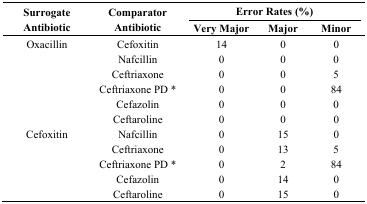
<table><thead><tr><td rowspan="2"><b>Surrogate Antibiotic</b></td><td rowspan="2"><b>Comparator Antibiotic</b></td><td colspan="3"><b>Error Rates (%)</b></td></tr><tr><td><b>Very Major</b></td><td><b>Major</b></td><td><b>Minor</b></td></tr></thead><tbody><tr><td>Oxacillin</td><td>Cefoxitin</td><td>14</td><td>0</td><td>0</td></tr><tr><td></td><td>Nafcillin</td><td>0</td><td>0</td><td>0</td></tr><tr><td></td><td>Ceftriaxone</td><td>0</td><td>0</td><td>5</td></tr><tr><td></td><td>Ceftriaxone PD *</td><td>0</td><td>0</td><td>84</td></tr><tr><td></td><td>Cefazolin</td><td>0</td><td>0</td><td>0</td></tr><tr><td></td><td>Ceftaroline</td><td>0</td><td>0</td><td>0</td></tr><tr><td>Cefoxitin</td><td>Nafcillin</td><td>0</td><td>15</td><td>0</td></tr><tr><td></td><td>Ceftriaxone</td><td>0</td><td>13</td><td>5</td></tr><tr><td></td><td>Ceftriaxone PD *</td><td>0</td><td>2</td><td>84</td></tr><tr><td></td><td>Cefazolin</td><td>0</td><td>14</td><td>0</td></tr><tr><td></td><td>Ceftaroline</td><td>0</td><td>15</td><td>0</td></tr></tbody></table>